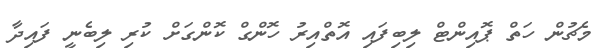
މެޗުން ހަތް ޕޮއިންޓް ލިބިފައި އޮތްއިރު ހޮންގް ކޮންގަށް ކުރި ލިބެނީ ފައިދާ